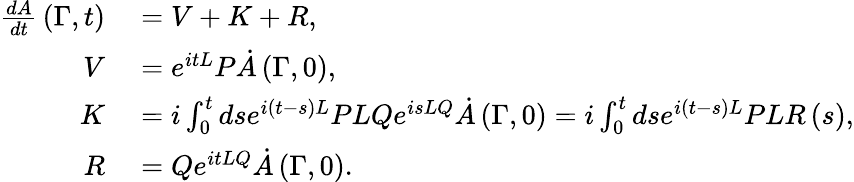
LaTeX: \begin{array}{rl}{{\frac{dA}{dt}}\left(\Gamma,t\right)}&{{}=V+K+R,}\\ {V}&{{}=e^{itL}P{\dot{A}}\left(\Gamma,0\right),}\\ {K}&{{}=i\int_{0}^{t}dse^{i\left(t-s\right)L}PLQe^{isLQ}{\dot{A}}\left(\Gamma,0\right)=i\int_{0}^{t}dse^{i\left(t-s\right)L}PLR\left(s\right),}\\ {R}&{{}=Qe^{itLQ}{\dot{A}}\left(\Gamma,0\right).}\end{array}